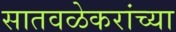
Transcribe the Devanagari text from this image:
सातवळेकरांच्या